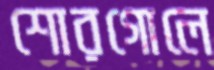
শোরগোলে